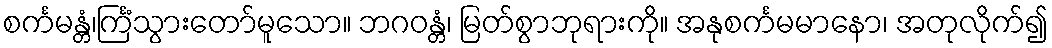
စင်္ကမန္တံ၊င်္ကြံသွားတော်မူသော။ ဘဂဝန္တံ၊ မြတ်စွာဘုရားကို။ အနုစင်္ကမမာနော၊ အတုလိုက်၍